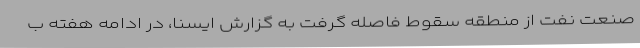
صنعت نفت از منطقه سقوط فاصله گرفت به گزارش ایسنا، در ادامه هفته ب